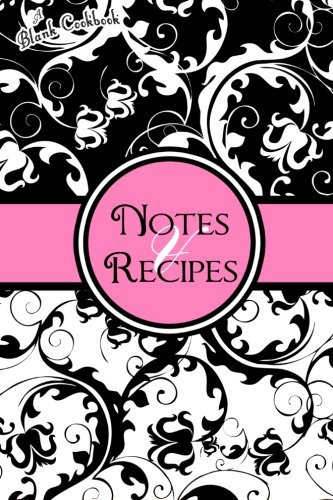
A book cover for Blank Cookbook: Notes & Recipes: (Pink, Black, White); Cool Journals; Cookbooks, Food & Wine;